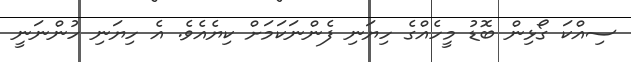
ސިއްކަ ގޯޅިން ބޮޑު މީހެއްގެ ހިޔަނި ފެންނަކަމަށް ކިޔެއެވެ. އެ ހިޔަނި ހުންނަނީ